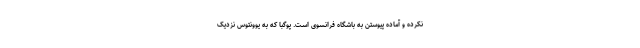
نکرده و آماده پیوستن به باشگاه فرانسوی است. پوگبا که به یوونتوس نزدیک